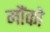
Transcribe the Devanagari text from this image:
मौंको